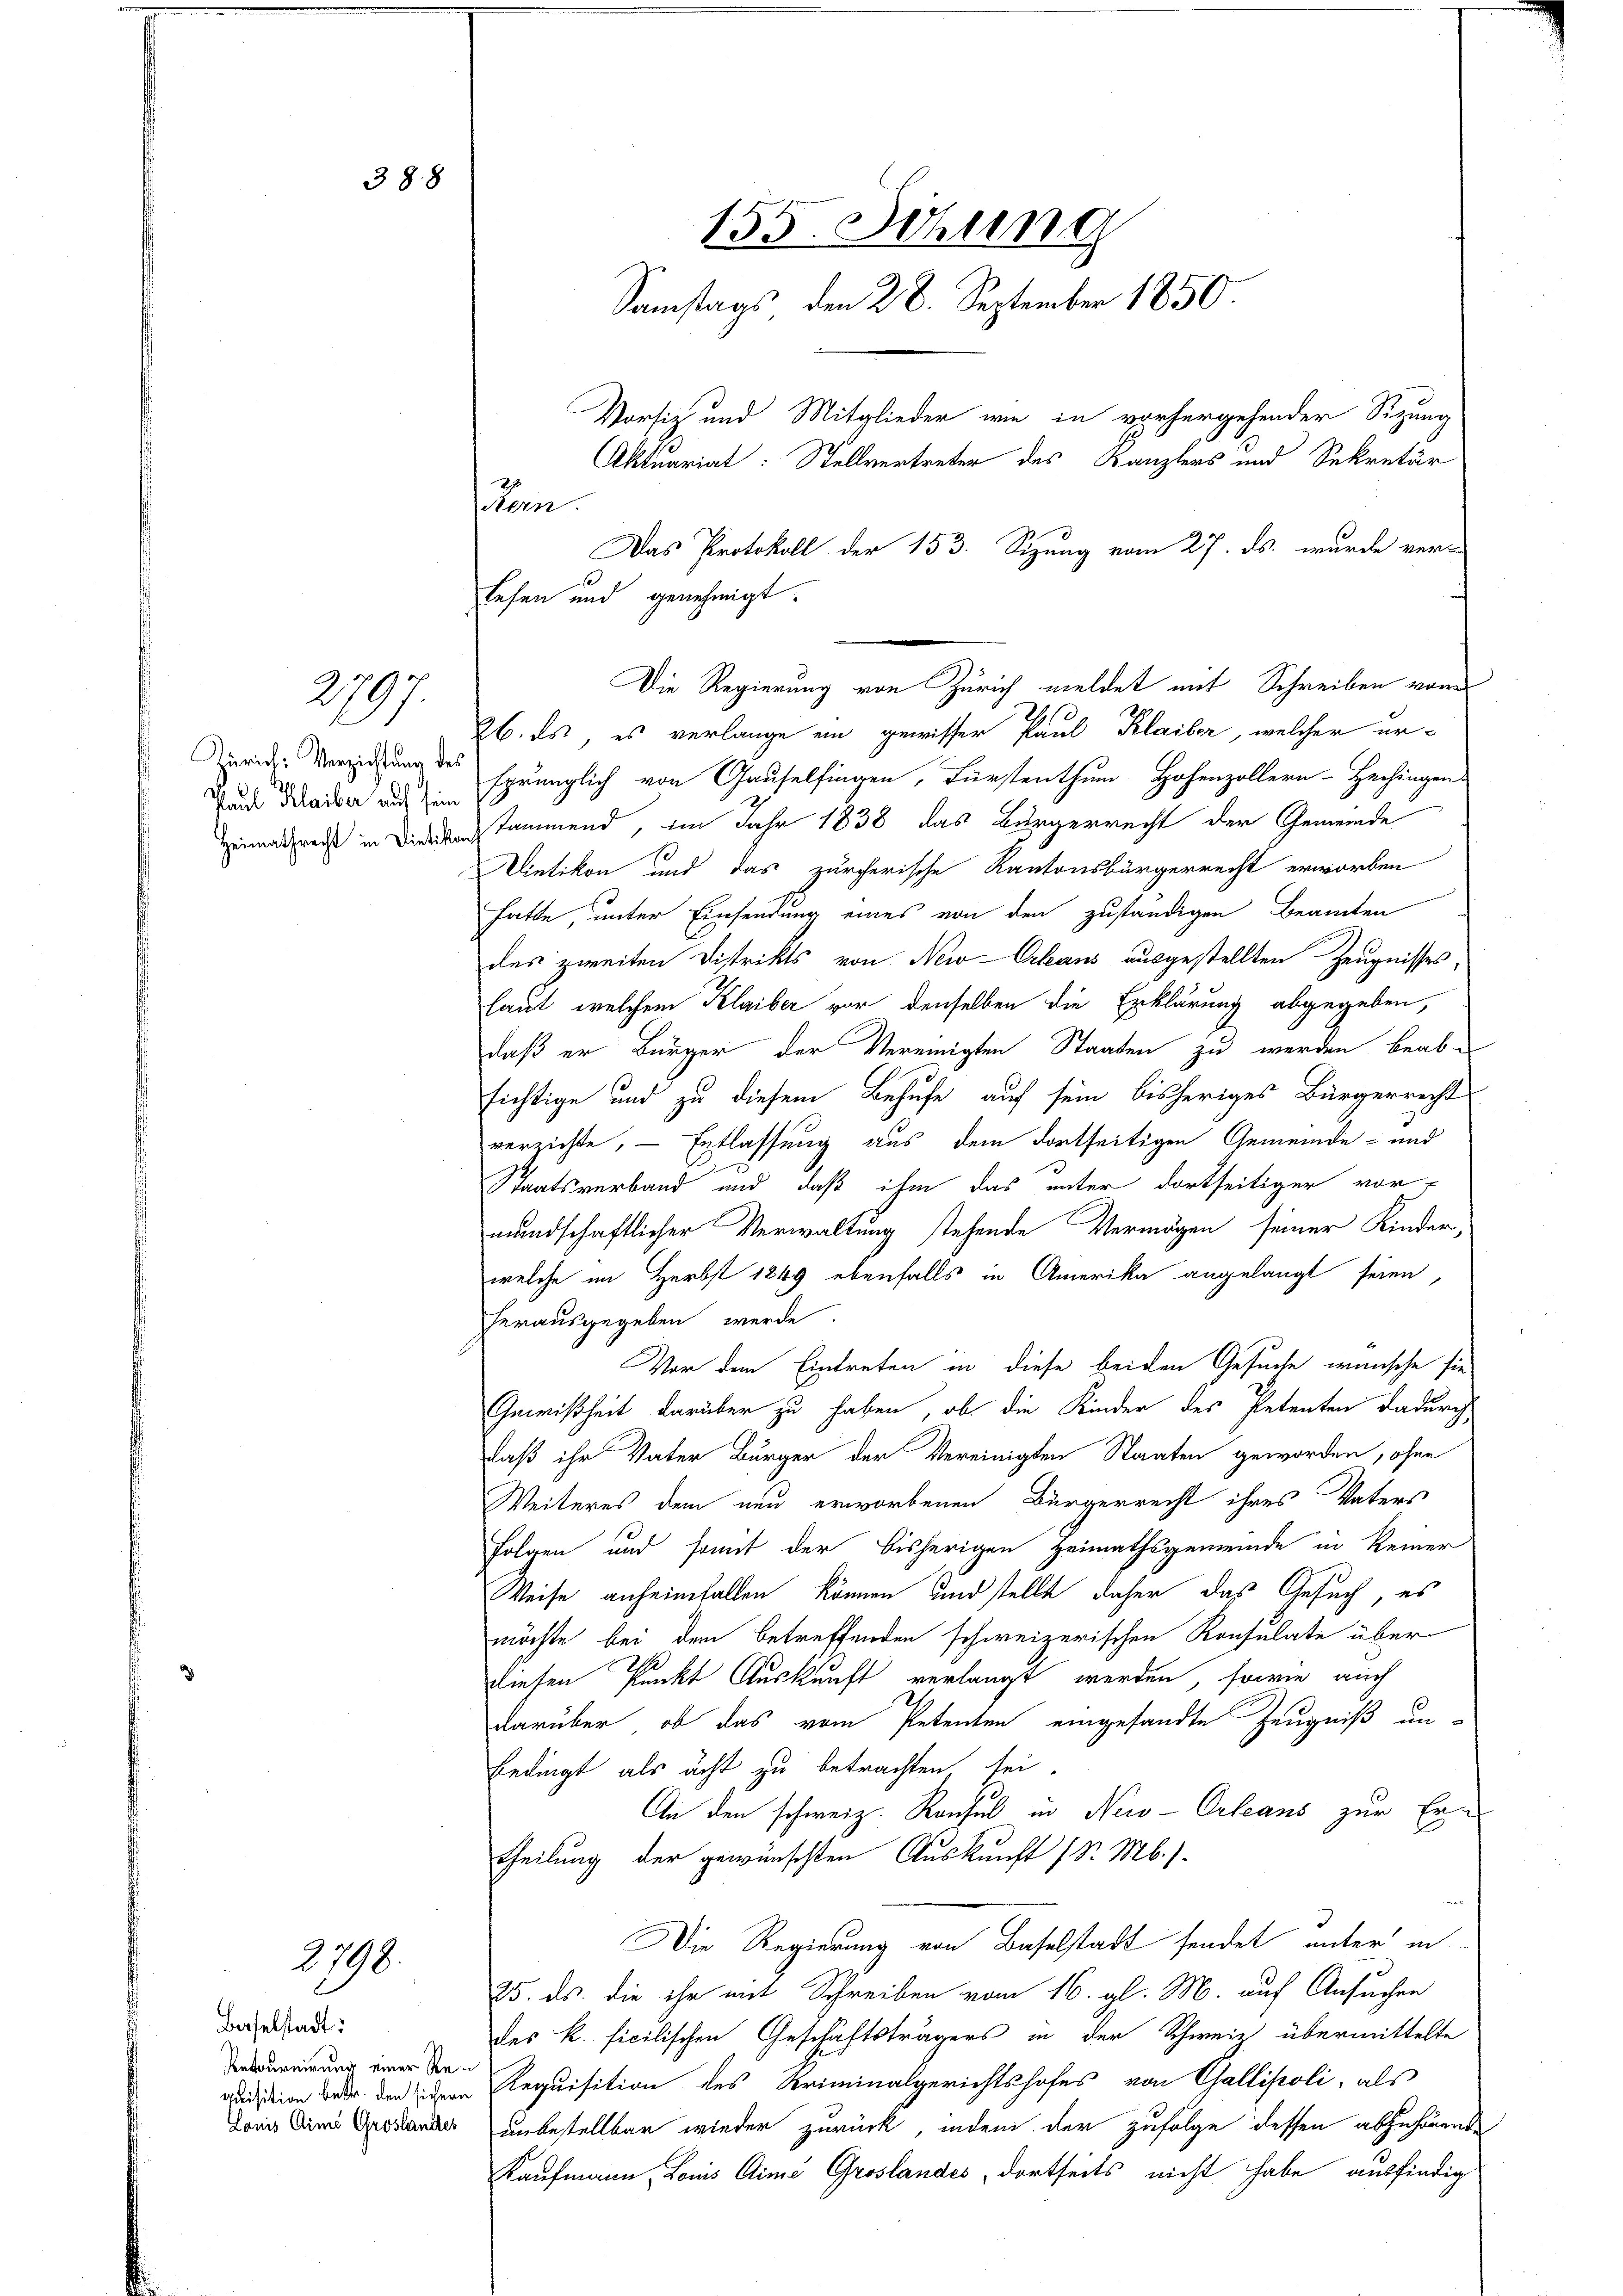
388

Paul Klaiber auf sein

2797.

2798.

Baselstadt:
Retournirung einer Re¬

26. ds, es verlange ein gewisser Paul Klaiber, welcher ur-
rid: Verziehung des sprünglich von Gauselfingen, Fürstenthum Hohenzollern-Hechingen
Heimathres in die sammend, im Jahr 1838 das Bürgerrecht der Gemeinde
Dietikon und das zürcherische Kantonsbürgerrecht erworben
hatte, unter Einsendung eines von den zuständigen Beamten
des zweiten Distrikts von New-Orleans ausgestellten Zeugnisses,
laut, welchem Klaiber vor denselben die Erklärung abgegeben,
daß er Bürger der Vereinigten Staaten zu werden beabsichtige und zu diesem Behufe auf sein bisheriges Bürgerrecht
verzichte, – Entlassung aus dem dortseitigen Gemeinde- und
Staatsverband und daß ihm das unter dortseitiger vor-
mundschaftlicher Verwaltung stehende Vermögen seiner Kinder,
welche im Herbst 1849 ebenfalls in Amerika angelangt seien,
herausgegeben werde.
Vor dem Eintreten in diese beiden Gesuche wünsche sie
Gewißheit darüber zu haben, ob die Kinder des Petenten dadurch
daß ihr Vater Bürger der Vereinigten Staaten geworden, ohne
Weiteres dem neu erworbenen Bürgerrecht ihres Vaters
Folgen und somit der bisherigen Heimathsgemeinde in keiner
Weise anheimfallen können und stellt daher das Gesuch, es
möchte bei dem betreffenden schweizerischen Konsulate über
e
diesen Punkt Auskunft verlangt werden, sowie auch
darüber, ob das vom Petenten eingesandte Zeugniß un-
Bedingt als ächt zu betrachten sei.
An den schweiz. Konsul in New-Orleans zur Ertheilung der gewünschten Auskunft Sr. Mb.).
Die Regierung von Baselstadt sendet unter in
25. ds. die ihr mit Schreiben vom 16. gl. M. auf Ansuchen
des k. ficilischen Geschäftsträgers in der Schweiz übermittelte
quisition der der den Requisition des Kriminalgerichtshofes von Gallipoli, als
Doris Dein ander unbestellbar wieder zurück, indem der zufolge dessen abzuhörende
Kaufmann Louis Aims Groslandes, dortseits nicht habe ausfindig

155. Sitzung
Samstags den 28. September 1850.
Vorsitz und Mitglieder wie in vorhergehender Sitzung
Aktuariat: Stellvertreter des Kanzlers und Sekretär
Das Protokoll der 153. Sizung vom 27. ds. wurde ver-

n
lesen und genehmigt.
Die Regierung von Zürich meldet mit Schreiben von